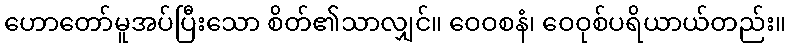
ဟောတော်မူအပ်ပြီးသော စိတ်၏သာလျှင်။ ဝေဝစနံ၊ ဝေဝုစ်ပရိယာယ်တည်း။